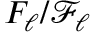
F _ { \ell } / \mathcal { F } _ { \ell }